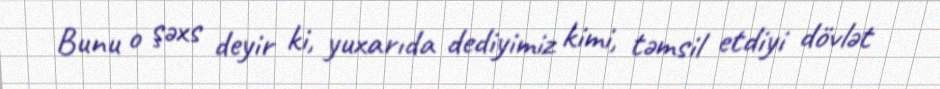
Bunu o şəxs deyir ki, yuxarıda dediyimiz kimi, təmsil etdiyi dövlət